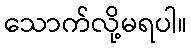
သောက်လို့မရပါ။